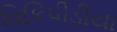
વિકિપીડીયા